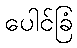
ပေါင်ခြံ